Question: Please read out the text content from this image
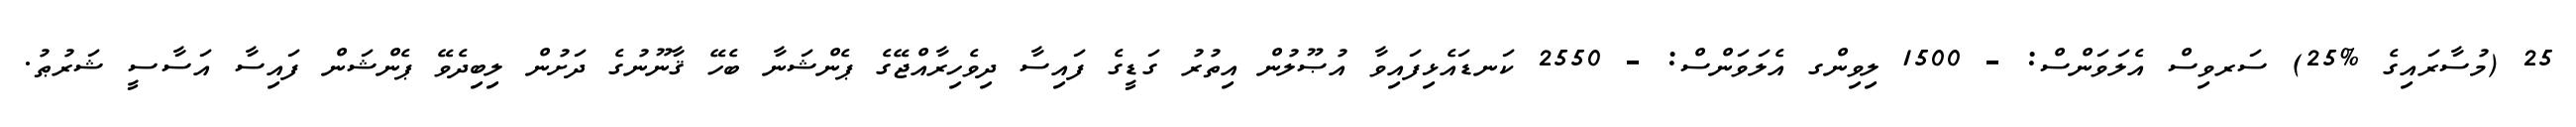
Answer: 25 (މުސާރައިގެ %25) ސަރވިސް އެލަވަންސް: - 1500 ލިވިންގ އެލަވަންސް: - 2550 ކަނޑައެޅިފައިވާ އުޞޫލުން އިތުރު ގަޑީގެ ފައިސާ ދިވެހިރާއްޖޭގެ ޕެންޝަނާ ބެހޭ ޤާނޫނުގެ ދަށުން ލިބިދެވޭ ޕެންޝަން ފައިސާ އަސާސީ ޝަރުޠު.